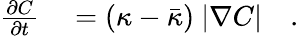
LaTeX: \begin{array}{rl}{\frac{\partial C}{\partial t}}&{{}=(\kappa-\bar{\kappa})\ |\nabla C|\quad.}\end{array}